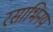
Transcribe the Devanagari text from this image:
रसाभिनय